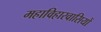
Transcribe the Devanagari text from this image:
महाविहारवासियों